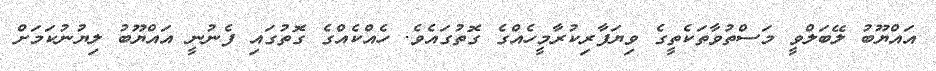
އައްޔޫބު ލޭބަލްވީ މަސްތުވާތަކެތީގެ ވިޔަފާރިކުރާމީހެއްގެ ގޮތުގައެވެ. ހެއްކެއްގެ ގޮތުގައި ފެނުނީ އައްޔޫބު ލިޔުނުކަމަށް